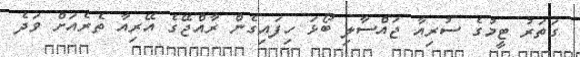
ގަތަރު ޓީމުގެ ސުރިއާ ޖައްސާލި ބޯޅަ ހިފައިގެން ރާއްޖޭގެ އޭރިއާ ތެރެއަށް ވަދެ